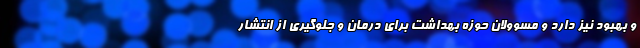
و بهبود نیز دارد و مسوولان حوزه بهداشت برای درمان و جلوگیری از انتشار